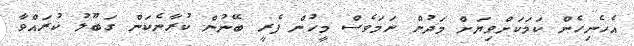
އެހެނިހެން ކަމަކަށްވިޔަށް މަދުން ނަމަވެސް މީހުން ފެރީ ބޭނުން ކުރާނެކަން ގަބޫލު ކުރައްވާ